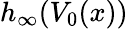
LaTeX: h_{\infty}(V_{0}(x))